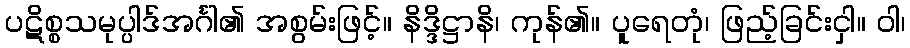
ပဋိစ္စသမုပ္ပါဒ်အင်္ဂါ၏ အစွမ်းဖြင့်။ နိဒ္ဒိဋ္ဌာနိ၊ ကုန်၏။ ပူရေတုံ၊ ဖြည့်ခြင်းငှါ။ ဝါ၊